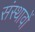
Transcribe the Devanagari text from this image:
संस्थावों